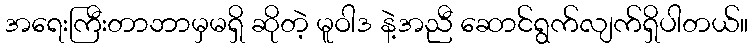
အရေးကြီးတာဘာမှမရှိ ဆိုတဲ့ မူဝါဒ နဲ့အညီ ဆောင်ရွက်လျက်ရှိပါတယ်။